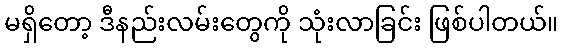
မရှိတော့ ဒီနည်းလမ်းတွေကို သုံးလာခြင်း ဖြစ်ပါတယ်။